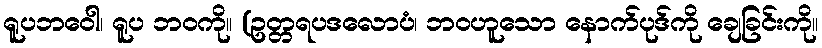
ရူပဘဝေါ၊ ရူပ ဘဝကို။ (ဥတ္တရပဒလောပံ၊ ဘဝဟူသော နောက်ပုဒ်ကို ချေခြင်းကို။